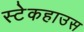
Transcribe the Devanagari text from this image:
स्टेकहाउस